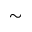
\sim